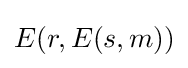
E(r,E(s,m))